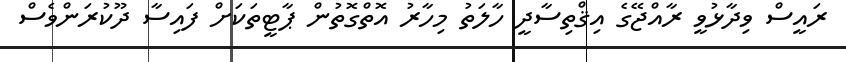
ރައީސް ވިދާޅުވީ ރާއްޖޭގެ އިޤްތިސާދީ ހާލަތު މިހާރު އޮތްގޮތުން ޕާޓީތަކަށް ފައިސާ ދޫކުރަންވެސް